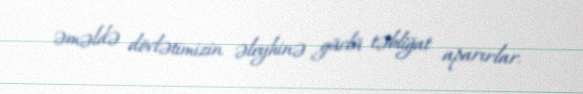
əməldə dövlətimizin əleyhinə güclü təbliğat aparırlar.